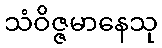
သံဝိဇ္ဇမာနေသု